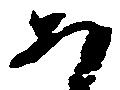
あ